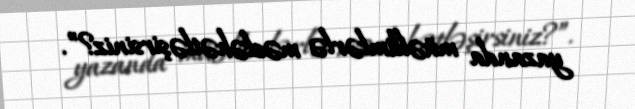
yazanda müəllimlərlə məsləhətləşirsiniz?”.